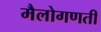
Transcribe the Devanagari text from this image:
मैलोगणती